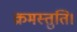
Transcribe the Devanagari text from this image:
क्रमस्तुति।